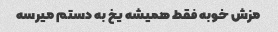
مزش خوبه فقط همیشه یخ به دستم میرسه